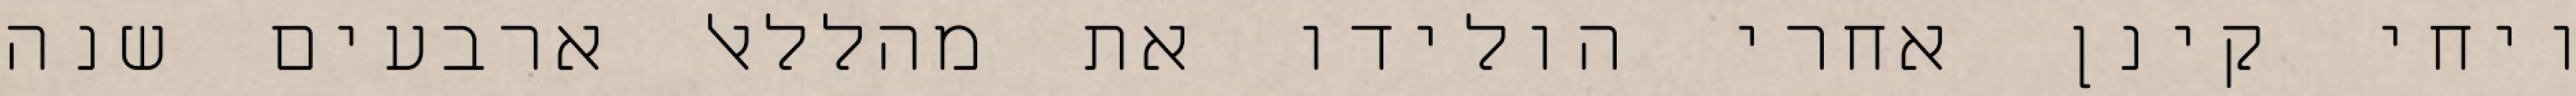
ויחי קינן אחרי הולידו את מהללאל ארבעים שנה